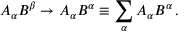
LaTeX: A _ { \alpha } B ^ { \beta } \rightarrow A _ { \alpha } B ^ { \alpha } \equiv \sum _ { \alpha } A _ { \alpha } B ^ { \alpha } \, .